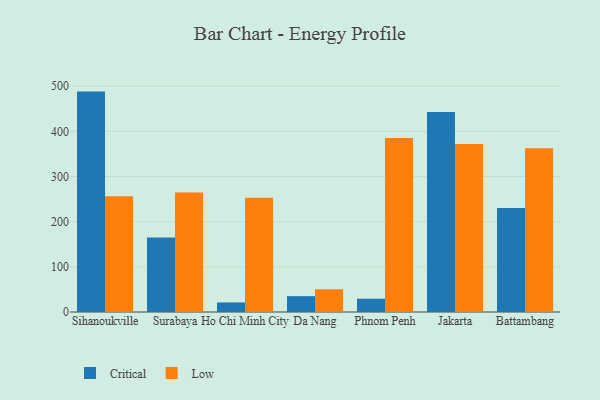
{"axis": {"x": "City", "y": "Customer Acquisition Cost (USD)"}, "legend": ["Critical", "Low"], "data": [{"x": "Sihanoukville", "y": 488.0, "type": "Critical"}, {"x": "Sihanoukville", "y": 256.2, "type": "Low"}, {"x": "Surabaya", "y": 165.0, "type": "Critical"}, {"x": "Surabaya", "y": 264.7, "type": "Low"}, {"x": "Ho Chi Minh City", "y": 21.2, "type": "Critical"}, {"x": "Ho Chi Minh City", "y": 253.1, "type": "Low"}, {"x": "Da Nang", "y": 35.1, "type": "Critical"}, {"x": "Da Nang", "y": 50.4, "type": "Low"}, {"x": "Phnom Penh", "y": 29.4, "type": "Critical"}, {"x": "Phnom Penh", "y": 385.5, "type": "Low"}, {"x": "Jakarta", "y": 442.9, "type": "Critical"}, {"x": "Jakarta", "y": 372.1, "type": "Low"}, {"x": "Battambang", "y": 230.5, "type": "Critical"}, {"x": "Battambang", "y": 362.7, "type": "Low"}]}